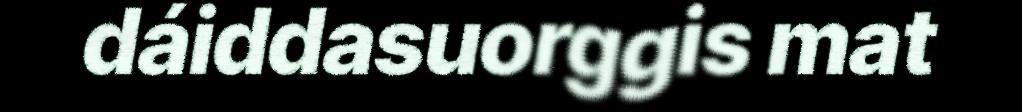
dáiddasuorggis mat